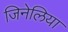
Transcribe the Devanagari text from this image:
जिनेलिया